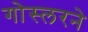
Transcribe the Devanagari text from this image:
गोस्लरने